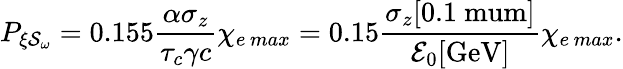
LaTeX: P_{\xi\mathcal{S}_{\omega}}=0.155\frac{\alpha\sigma_{z}}{\tau_{c}\gamma c}\chi_{e\, max}=0.15\frac{\sigma_{z}[0.1\mathrm{\ mum}]}{\mathcal{E}_{0}[\mathrm{GeV}]}\chi_{e\, max}.